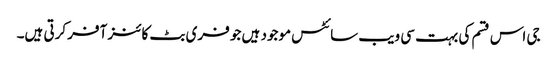
جی اس قسم کی بہت سی ویب سائٹس موجود ہیں جو فری بٹ کائنز آفر کرتی ہیں۔